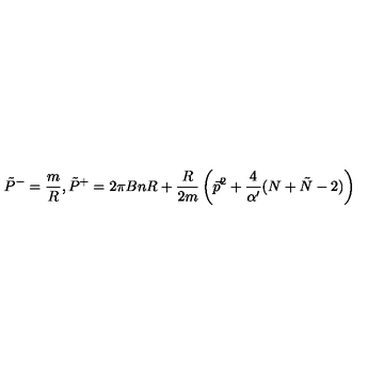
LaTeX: \tilde { P } ^ { - } = \frac { m } { R } , \tilde { P } ^ { + } = 2 \pi B n R + \frac { R } { 2 m } \left( \vec { p } ^ { 2 } + \frac { 4 } { \alpha ^ { \prime } } ( N + \tilde { N } - 2 ) \right)